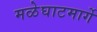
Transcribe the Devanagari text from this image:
मळेघाटमार्गे